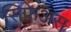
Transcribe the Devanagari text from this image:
सिफेअस